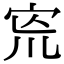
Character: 𡧬